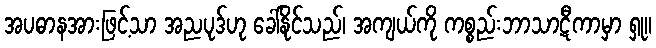
အပဓာနအားဖြင့်သာ အညပုဒ်ဟု ခေါ်နိုင်သည်၊ အကျယ်ကို ကစ္စည်းဘာသာဋီကာမှာ ရှု။